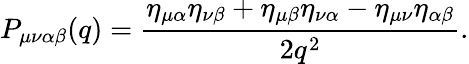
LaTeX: P_{\mu\nu\alpha\beta}(q)=\frac{\eta_{\mu\alpha}\eta_{\nu\beta}+\eta_{\mu\beta}\eta_{\nu\alpha}-\eta_{\mu\nu}\eta_{\alpha\beta}}{2q^{2}}.